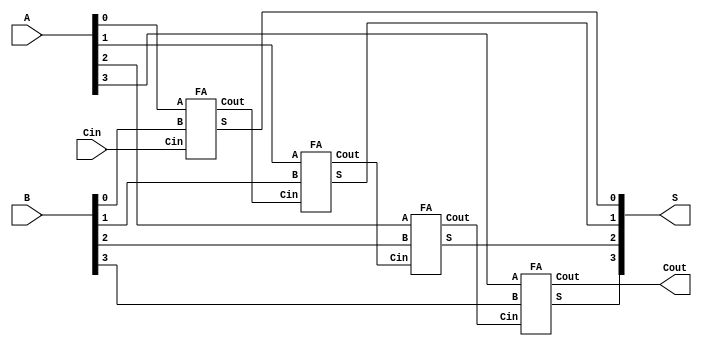
module top(A, B, Cin, S, Cout);

input [3:0] A,B;
input Cin;
output [3:0] S;
output Cout;
wire [3:1] C;

FA FA0(A[0], B[0], Cin, S[0], C[1]);
FA FA1(A[1], B[1], C[1], S[1], C[2]);
FA FA2(.Cin(C[2]), .S(S[2]), .A(A[2]), .Cout(C[3]), .B(B[2]));
FA FA3(A[3], B[3], C[3], S[3], Cout);

endmodule

module FA(A, B, Cin, S, Cout);

input A,B,Cin;
output S,Cout;
assign {Cout,S} = A+B+Cin;

endmodule